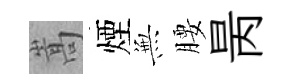
嵩煙𭴾腰昺